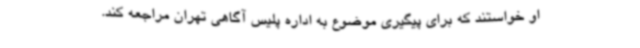
او خواستند که برای پیگیری موضوع به اداره پلیس آگاهی تهران مراجعه کند.